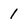
Character: 1